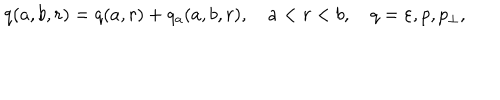
q ( a , b , r ) = q ( a , r ) + q _ { a } ( a , b , r ) , \quad a < r < b , \quad q = \varepsilon , p , p _ { \perp } ,